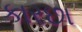
કારછા